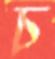
চ